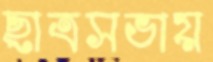
ছাত্রসভায়